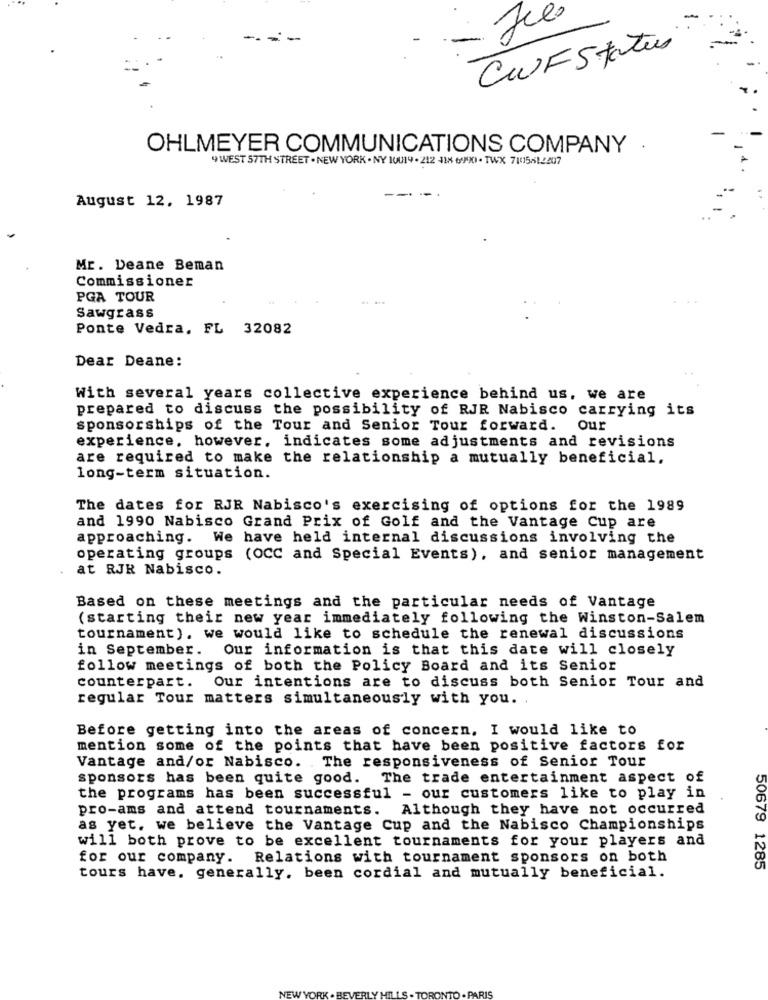
-
CIF Status
OHLMEYER COMMUNICATIONS COMPANY .
4 WEST 57TH STREET . NEW YORK . NY 10019 . 212 418 6990 . TWX 710156122017
August 12, 1987
Mr. Deane Beman
Commissioner
PGA TOUR
Sawgrass
Ponte Vedra, FL 32082
Dear Deane:
With several years collective experience behind us, we are
prepared to discuss the possibility of RJR Nabisco carrying its
sponsorships of the Tour and Senior Tour forward. Our
experience, however, indicates some adjustments and revisions
are required to make the relationship a mutually beneficial,
long-term situation.
The dates for RJR Nabisco's exercising of options for the 1989
and 1990 Nabisco Grand Prix of Golf and the Vantage Cup are
approaching.
We have held internal discussions involving the
operating groups (OCC and Special Events), and senior management
at RJR Nabisco.
Based on these meetings and the particular needs of Vantage
(starting their new year immediately following the Winston-Salem
tournament). we would like to schedule the renewal discussions
in September. Our information is that this date will closely
follow meetings of both the Policy Board and its Senior
counterpart. Our intentions are to discuss both Senior Tour and
regular Tour matters simultaneously with you ..
Before getting into the areas of concern. I would like to
mention some of the points that have been positive factors for
Vantage and/or Nabisco. The responsiveness of Senior Tour
sponsors has been quite good. The trade entertainment aspect of
the programs has been successful - our customers like to play in
pro-ams and attend tournaments. Although they have not occurred
as yet. we believe the Vantage Cup and the Nabisco Championships
will both prove to be excellent tournaments for your players and
for our company. Relations with tournament sponsors on both
50679 1285
tours have, generally, been cordial and mutually beneficial.
NEW YORK .
VERLY HILL
. PARIS